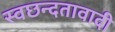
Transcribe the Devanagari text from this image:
स्वछन्दतावादी